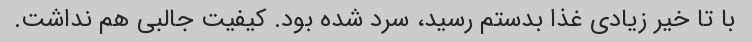
با تا خیر زیادی غذا بدستم رسید، سرد شده بود. کیفیت جالبی هم نداشت.